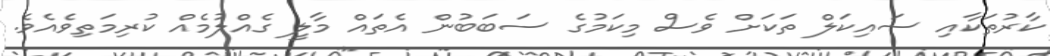
ކާރުތަކާއި ސައިކަލް ތަކަށް ވެސް މިކަމުގެ ސަބަބުން އެތައް މާލީ ގެއްލުމެއް ކުރިމަތިވެއެވެ.